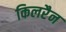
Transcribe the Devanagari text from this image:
किलरैन